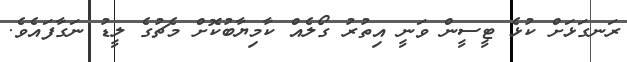
ރަނގަޅަށް ކުޅެ ޓީސީން ވަނީ އިތުރު ގޯލެއް ކާމިޔާބުކޮށް މެޗުގެ ލީޑު ނަގާފައެވެ.